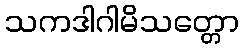
သကဒါဂါမိသတ္တော